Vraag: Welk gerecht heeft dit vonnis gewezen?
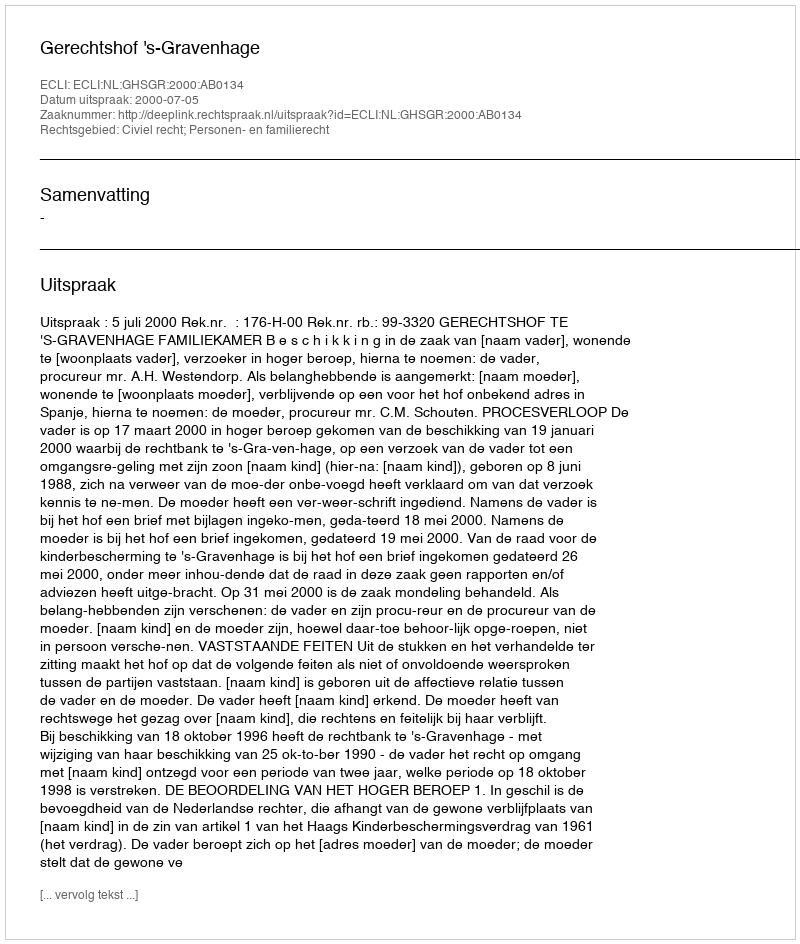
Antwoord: Gerechtshof 's-Gravenhage